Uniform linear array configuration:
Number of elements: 24
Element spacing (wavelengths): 0.75
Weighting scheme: kaiser
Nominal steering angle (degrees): -15
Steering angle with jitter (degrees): -13.032
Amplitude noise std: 0.05
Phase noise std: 0.05

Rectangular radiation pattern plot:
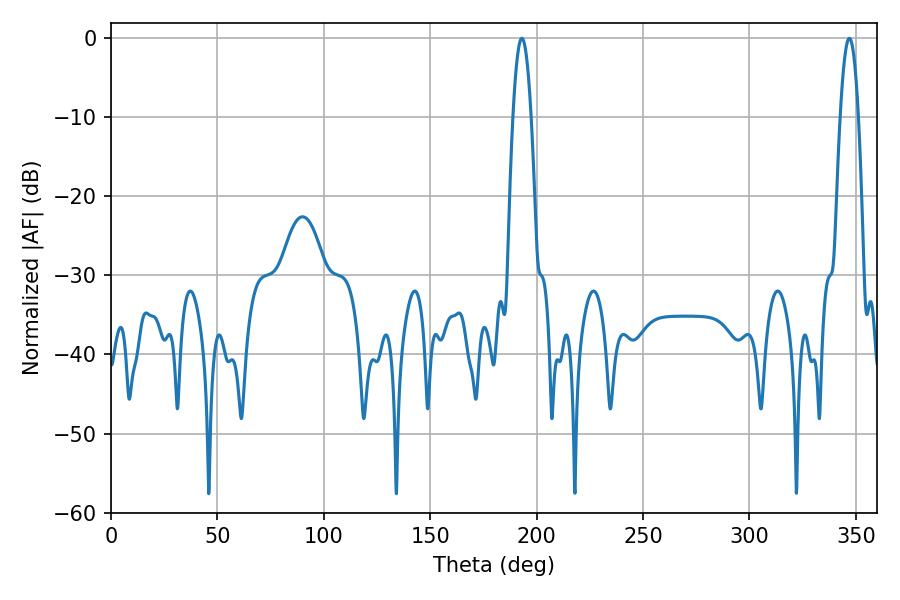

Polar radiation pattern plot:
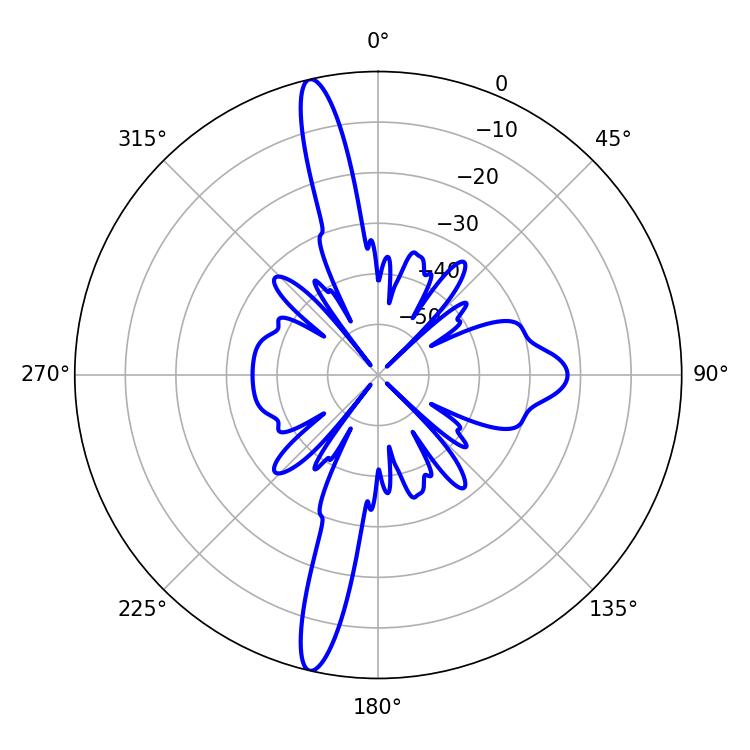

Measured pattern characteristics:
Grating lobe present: TRUE
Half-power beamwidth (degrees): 4.68
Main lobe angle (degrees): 193.14